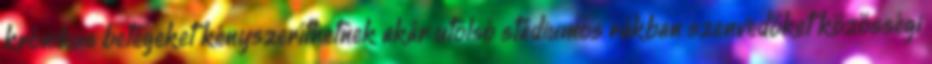
krónikus betegeket kényszeríthetnek akár utolsó stádiumos rákban szenvedőket közösségi